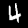
Digit: 4